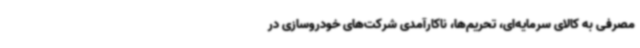
مصرفی به کالای سرمایه‌ای، تحریم‌ها، ناکارآمدی شرکت‌های خودروسازی در